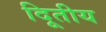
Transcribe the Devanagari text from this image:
दिूतीय